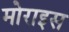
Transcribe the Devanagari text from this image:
मोराइस